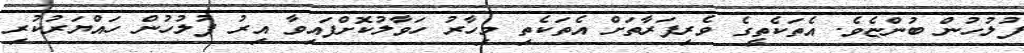
ފުލުހުން ބުންޏެވެ. އެތަކެތީގެ ވެރިފަރާތަށް އެތަކެތި މިހާރު ހަވާލުކޮށްފައިވާ އިރު ފުލުހުން ހައްޔަރުކުރި